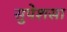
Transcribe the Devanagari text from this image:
सुपेशसा